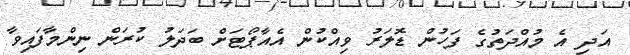
އަދި އެ މުއްދަތުގެ ފަހުން ޑޮލަރު ވިއްކުން އެއާޕޯޓަށް ބަދަލު ކުރަން ނިންމާފައިވާ